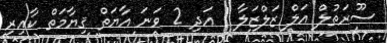
ސޫރަތުލް އަލް ޒަލްޒަލާ 1 އަދި 2 ވަނަ އާޔަތް ޤިޔާމަތް ކާއިރި